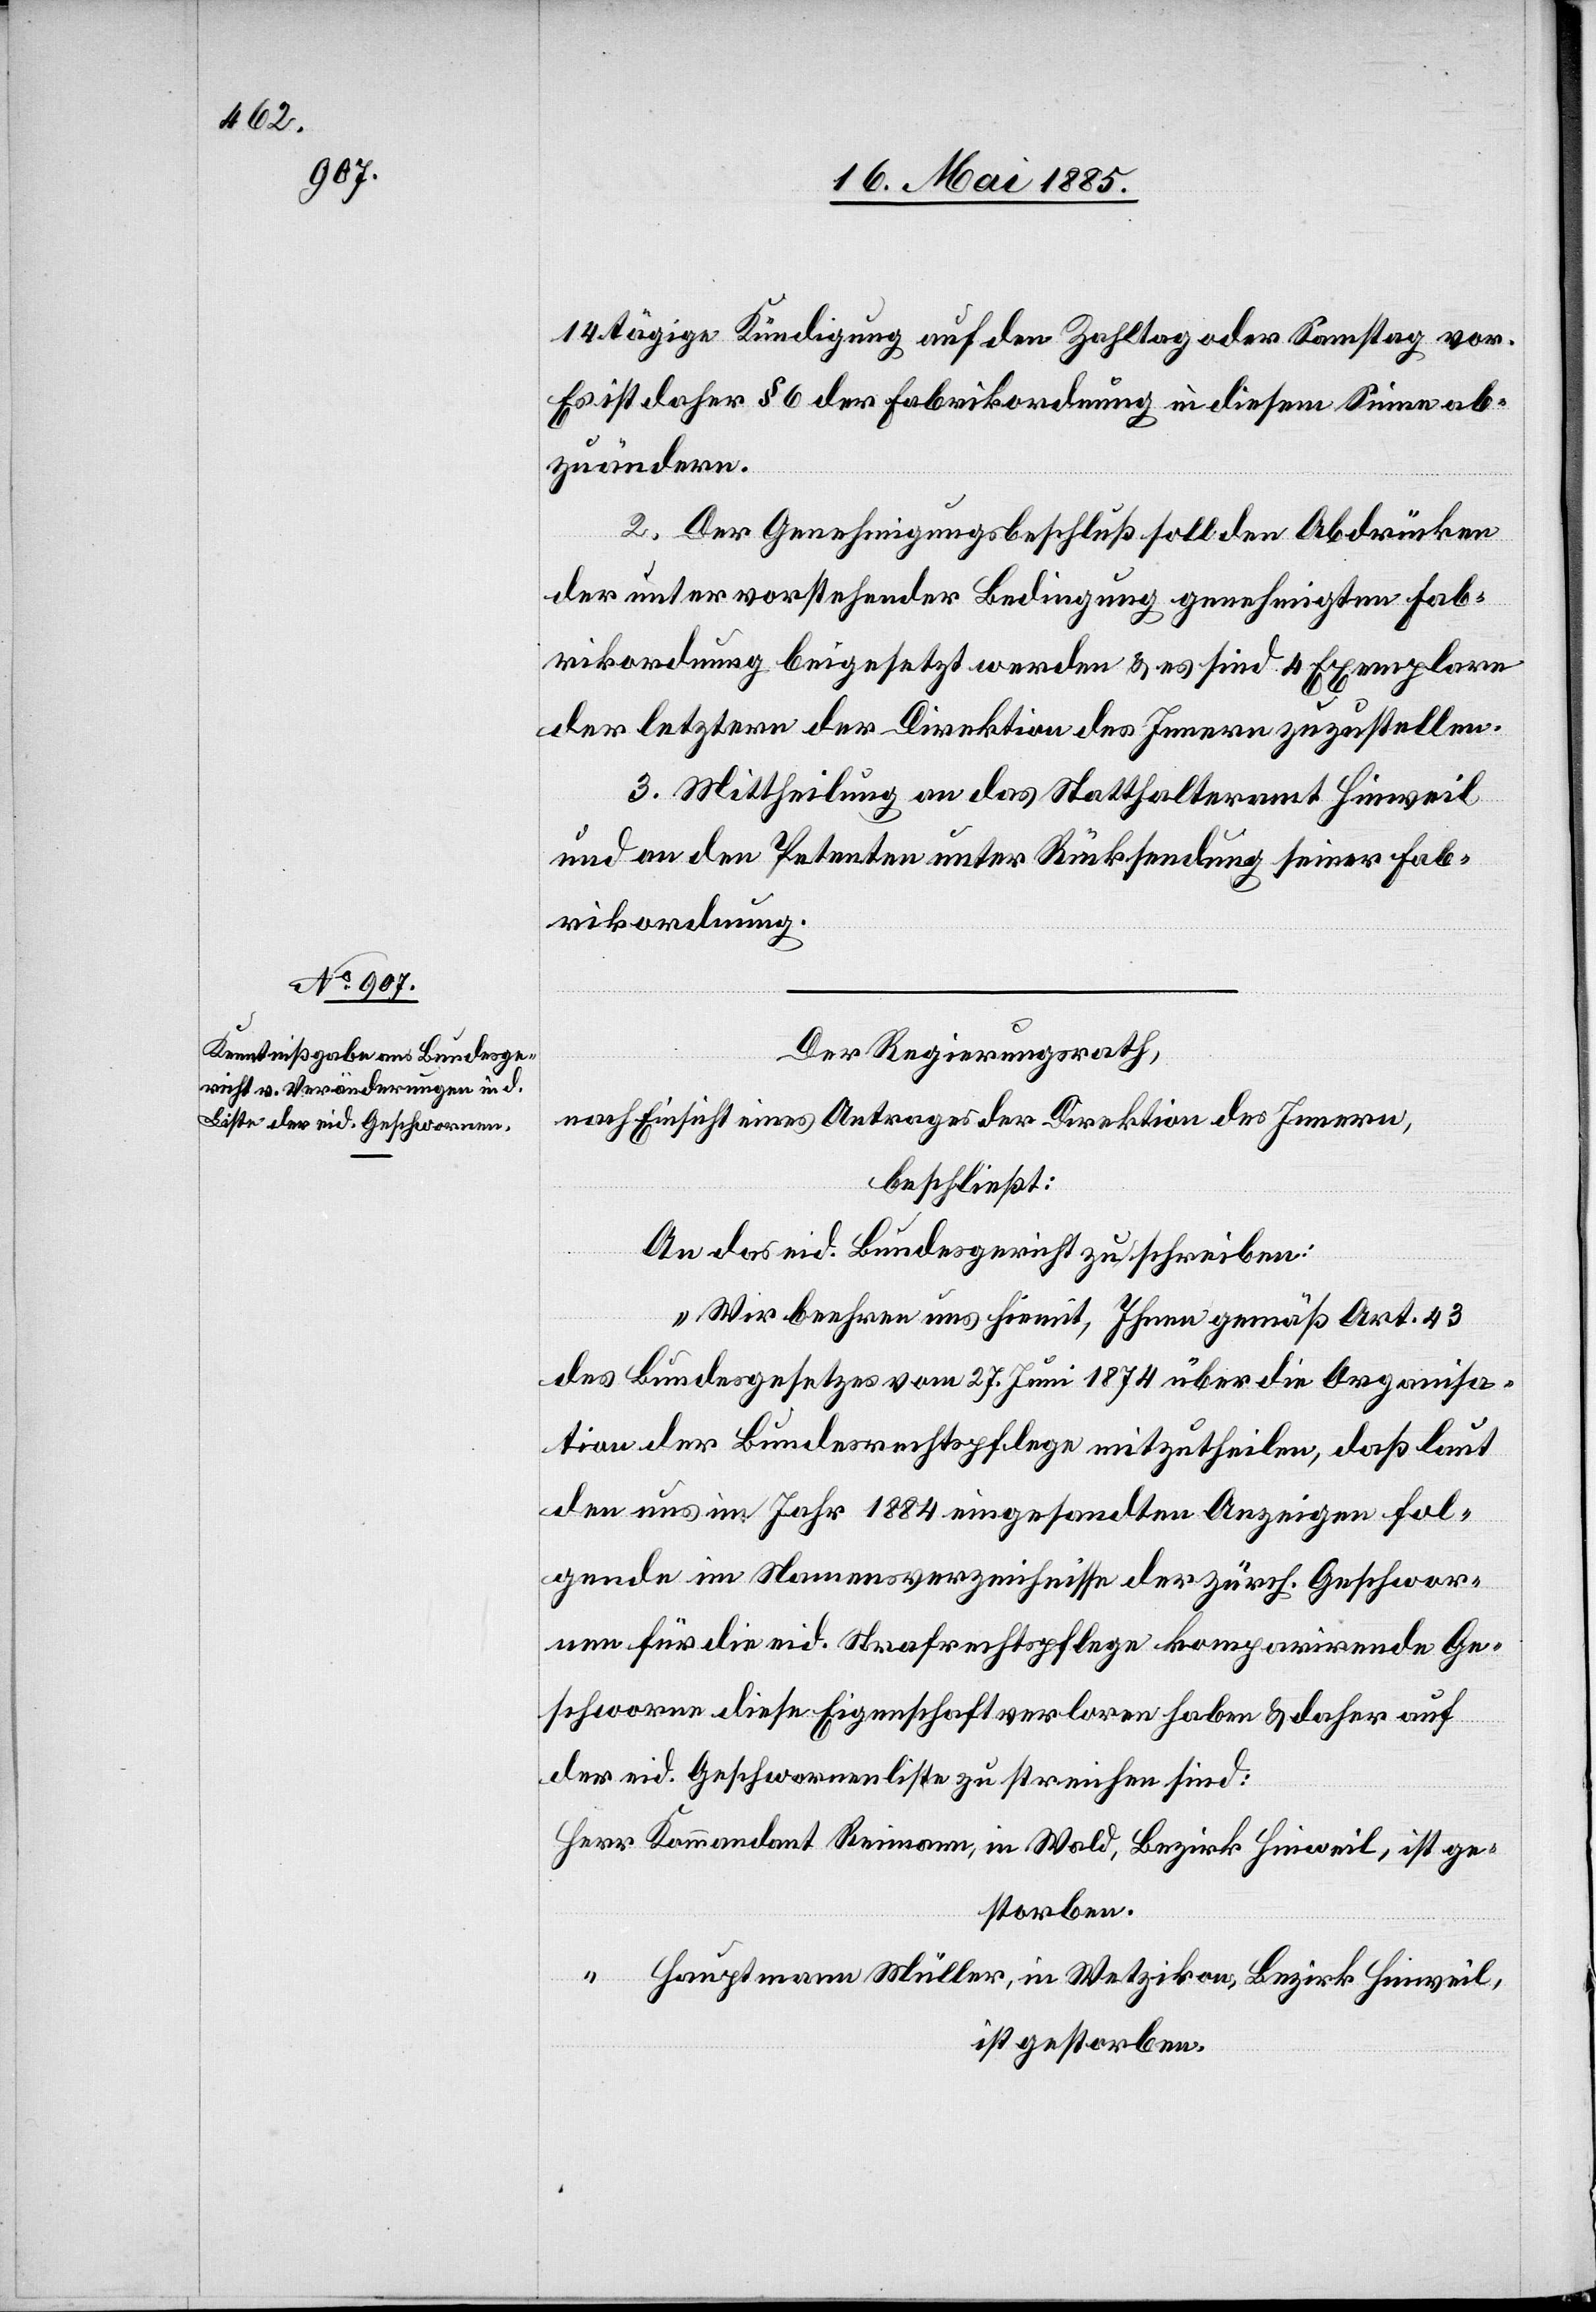
14tägige Kündigung auf den Zahltag oder Samstag vor.
Es ist daher § 6 der Fabrikordnung in diesem Sinne als
zu ändern.
2. Der Genehmigungsbeschluß soll den Abdrücken
der unter vorstehender Bedingung genehmigten Fab¬
rikordnung beigesetzt werden & es sind 4 Exemplare
der letztern der Direktion des Innern zuzustellen.
3. Mittheilung an das Statthalteramt Hinweil
und an den Petenten unter Rücksendung seiner Fab¬
rikordnung.
Der Regierungsrath,
nach Einsicht eines Antrages der Direktion des Innern,
beschließt:
An das eid. Bundesgericht zu schreiben:
„Wir beehren uns hiemit, Ihnen gemäß Art. 43
des Bundesgesetzes vom 27. Juni 1874 über die Organisa¬
tion der Bundesrechtspflege mitzutheilen, daß laut
den uns im Jahr 1884 eingesandten Anzeigen fol¬
gende im Namensverzeichnisse der zürch. Geschwore¬
nen für die eid. Strafrechtspflege komparirende Ge¬
schworene diese Eigenschaft verloren haben & daher auf
der eid. Geschworenenliste zu streichen sind:
Hauptmann Müller, in Wetzikon, Bezirk Hinweil,
ist gestorben.